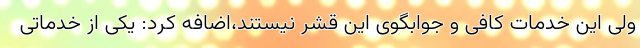
ولی این خدمات کافی و جوابگوی این قشر نیستند،اضافه کرد: یکی از خدماتی